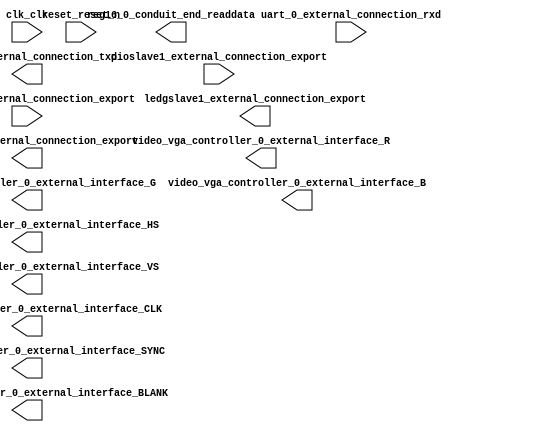

module Embedded (
	clk_clk,
	ledgslave1_external_connection_export,
	ledrslave2_external_connection_export,
	pioslave1_external_connection_export,
	pioslave2_external_connection_export,
	reg16_0_conduit_end_readdata,
	reset_reset_n,
	video_vga_controller_0_external_interface_CLK,
	video_vga_controller_0_external_interface_HS,
	video_vga_controller_0_external_interface_VS,
	video_vga_controller_0_external_interface_BLANK,
	video_vga_controller_0_external_interface_SYNC,
	video_vga_controller_0_external_interface_R,
	video_vga_controller_0_external_interface_G,
	video_vga_controller_0_external_interface_B,
	uart_0_external_connection_rxd,
	uart_0_external_connection_txd);	

	input		clk_clk;
	output	[7:0]	ledgslave1_external_connection_export;
	output	[7:0]	ledrslave2_external_connection_export;
	input	[15:0]	pioslave1_external_connection_export;
	input	[15:0]	pioslave2_external_connection_export;
	output	[15:0]	reg16_0_conduit_end_readdata;
	input		reset_reset_n;
	output		video_vga_controller_0_external_interface_CLK;
	output		video_vga_controller_0_external_interface_HS;
	output		video_vga_controller_0_external_interface_VS;
	output		video_vga_controller_0_external_interface_BLANK;
	output		video_vga_controller_0_external_interface_SYNC;
	output	[7:0]	video_vga_controller_0_external_interface_R;
	output	[7:0]	video_vga_controller_0_external_interface_G;
	output	[7:0]	video_vga_controller_0_external_interface_B;
	input		uart_0_external_connection_rxd;
	output		uart_0_external_connection_txd;
endmodule